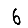
Digit: 6